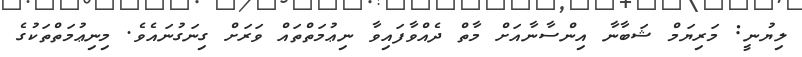
ލިޔުނީ: މަރިޔަމް ޝަބާނާ އިންސާނާއަށް މާތް ދެއްވާފައިވާ ނިޢުމަތްތައް ވަރަށް ގިނަގުނައެވެ. މިނިޢުމަތްތަކުގެ